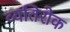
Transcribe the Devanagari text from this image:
व्यतिरोक